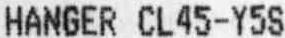
HANGER CL45-Y5S